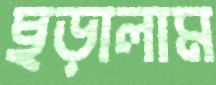
ছড়ালাম